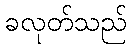
ခလုတ်သည်